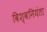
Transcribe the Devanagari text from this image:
विश्वनियंता